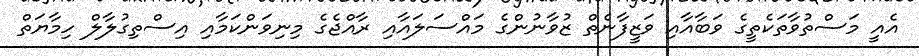
އެއީ މަސްތުވާތަކެތީގެ ވަބާއާއި ވަޒީފާނެތް ޒުވާނުންގެ މައްސަލައާއި ރާއްޖެގެ މިނިވަންކަމާއި އިސްތިގުލާލް ހިމާޔަތް